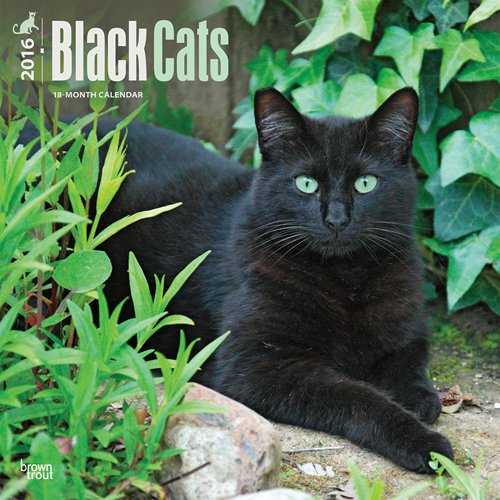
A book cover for Black Cats 2016 Square 12x12 (Multilingual Edition); Browntrout Publishers; Calendars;